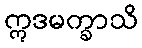
ဣဒမက္ခာသိ